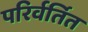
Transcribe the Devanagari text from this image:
परिर्वर्तित